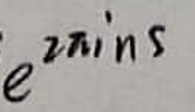
$e^{2\pi i n s}$